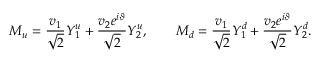
{ M } _ { u } = \frac { v _ { 1 } } { \sqrt 2 } { Y } _ { 1 } ^ { u } + \frac { v _ { 2 } e ^ { i \vartheta } } { \sqrt 2 } { Y } _ { 2 } ^ { u } , \qquad { M } _ { d } = \frac { v _ { 1 } } { \sqrt 2 } { Y } _ { 1 } ^ { d } + \frac { v _ { 2 } e ^ { i \vartheta } } { \sqrt 2 } { Y } _ { 2 } ^ { d } .